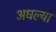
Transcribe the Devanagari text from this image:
अधल्या